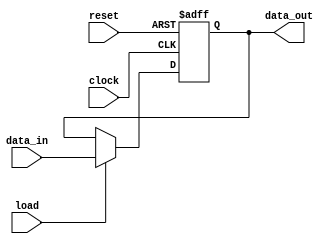
module register(data_out, data_in, load, reset, clock);
    parameter n = 8;

    output reg [n-1:0] data_out;

    input [n-1:0] data_in;
    input load;
    input reset;
    input clock;

    initial begin
        data_out <= {n{1'b0}};
    end

    always @ (posedge clock or posedge reset) begin
        if (reset) begin
            data_out <= 0;
        end else if (load) begin
            data_out <= data_in;
        end else begin
            data_out <= data_out;
        end
    end
endmodule